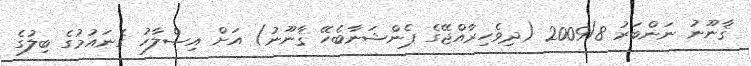
ޤާނޫނު ނަންބަރު 2009/8 (ދިވެހިރާއްޖޭގެ ޕެންޝަނާބެހޭ ޤާނޫނު) އަށް އިޞްލާހު ގެނައުމުގެ ބިލުގެ